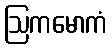
ဩကမောကံ